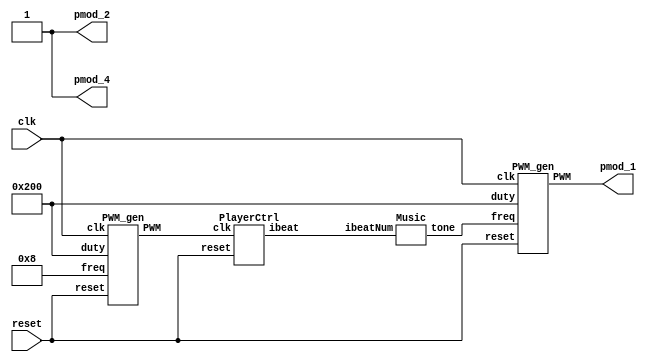
`timescale 1ns / 1ps
`define LMi 32'd330 
`define LSo 32'd392
`define LLa 32'd440
`define LSip 32'd466
`define LSi 32'd494
`define Do 32'd524 //bB_freq
`define Re 32'd588 //C_freq
`define Mi 32'd660 //D_freq
`define Fa 32'd698 //bE_freq
`define So 32'd784 //F_freq
`define La 32'd880   //G_freq
`define Si 32'd998 //A_freq
`define NM0 32'd20000 //slience (over freq.)

module music_cntrl(
    input clk, reset,
    output pmod_1, pmod_2, pmod_4
    );
    parameter BEAT_FREQ = 32'd8;	//one beat=0.125sec
    parameter DUTY_BEST = 10'd512;    //duty cycle=50%
    
    wire [31:0] freq;
    wire [7:0] ibeatNum;
    wire beatFreq;
    
    assign pmod_2 = 1'd1;    //no gain(6dB)
    assign pmod_4 = 1'd1;    //turn-on
    
    //Generate beat speed
    PWM_gen btSpeedGen (
        .clk(clk), 
        .reset(reset),
        .freq(BEAT_FREQ),
        .duty(DUTY_BEST), 
        .PWM(beatFreq)
    );
        
    //manipulate beat
    PlayerCtrl playerCtrl_00 ( 
        .clk(beatFreq),
        .reset(reset),
        .ibeat(ibeatNum)
    );    
        
    //Generate variant freq. of tones
    Music music00 ( 
        .ibeatNum(ibeatNum),
        .tone(freq)
    );
    
    // Generate particular freq. signal
    PWM_gen toneGen ( 
        .clk(clk), 
        .reset(reset), 
        .freq(freq),
        .duty(DUTY_BEST), 
        .PWM(pmod_1)
    );
        
endmodule

module PWM_gen (
    input wire clk,
    input wire reset,
	input [31:0] freq,
    input [9:0] duty,
    output reg PWM
    );

    wire [31:0] count_max = 100_000_000 / freq;
    wire [31:0] count_duty = count_max * duty / 1024;
    reg [31:0] count;
        
    always @(posedge clk, posedge reset) begin
        if (reset) begin
            count <= 0;
            PWM <= 0;
        end else if (count < count_max) begin
            count <= count + 1;
            if(count < count_duty)
                PWM <= 1;
            else
                PWM <= 0;
        end else begin
            count <= 0;
            PWM <= 0;
        end
    end
    
endmodule

module PlayerCtrl (
	input clk,
	input reset,
	output reg [7:0] ibeat
    );
    parameter BEATLEAGTH = 63;
    
    always @(posedge clk, posedge reset) begin
        if (reset)
            ibeat <= 0;
        else if (ibeat < BEATLEAGTH) 
            ibeat <= ibeat + 1;
        else 
            ibeat <= 0;
    end
    
endmodule

module Music (
	input [7:0] ibeatNum,	
	output reg [31:0] tone
    );
    
    always @(*) begin
        case (ibeatNum)		// 1/4 beat
            8'd0 : tone = `Mi;	//3
            8'd1 : tone = `Mi;
            8'd2 : tone = `Mi;
            8'd3 : tone = `NM0;
            8'd4 : tone = `Mi;	//1
            8'd5 : tone = `Mi;
            8'd6 : tone = `Mi;
            8'd7 : tone = `NM0;
            8'd8 : tone = `Mi;	//2
            8'd9 : tone = `Mi;
            8'd10 : tone = `Mi;
            8'd11 : tone = `NM0;
            8'd12 : tone = `Do; 
            8'd13 : tone = `Do;
            8'd14 : tone = `Do;
            8'd15 : tone = `Do;  
            8'd16 : tone = `Do;
            8'd17 : tone = `Do;
            8'd18 : tone = `Mi;
            8'd19 : tone = `Mi;
            8'd20 : tone = `Mi;
            8'd21 : tone = `So;
            8'd22 : tone = `So;
            8'd23 : tone = `So;
            8'd24 : tone = `So;
            8'd25 : tone = `LSo;
            8'd26 : tone = `LSo;
            8'd27 : tone = `LSo;
            8'd28 : tone = `LSo;        
            8'd29 : tone = `Do;
            8'd30 : tone = `Do;
            8'd31 : tone = `Do;          
            8'd32 : tone = `Do;
            8'd33 : tone = `LSo;
            8'd34 : tone = `LSo;
            8'd35 : tone = `LMi;
            8'd36 : tone = `LMi;
            8'd37 : tone = `LLa;
            8'd38 : tone = `LLa;
            8'd39 : tone = `LSi;
            8'd40 : tone = `LSi;
            8'd41 : tone = `LSip;
            8'd42 : tone = `LSip;
            8'd43 : tone = `LLa;
            8'd44 : tone = `LLa;
            8'd45 : tone = `LSo;
            8'd46 : tone = `LSo;
            8'd47 : tone = `Mi;          
            8'd48 : tone = `Mi;
            8'd49 : tone = `So;
            8'd50 : tone = `So;
            8'd51 : tone = `La;
            8'd52 : tone = `La;
            8'd53 : tone = `Fa;
            8'd54 : tone = `Fa;
            8'd55 : tone = `So;
            8'd56 : tone = `So;
            
            8'd57 : tone = `Mi;
            8'd58 : tone = `Mi;
            8'd59 : tone = `Do;
            8'd60 : tone = `Do;
            8'd61 : tone = `Re;
            8'd62 : tone = `Re;
            8'd63 : tone = `LSi;     
            8'd64 : tone = `LSi;    
            8'd65 : tone = `Do;
            8'd66 : tone = `Do;
            8'd67 : tone = `Do;
            8'd68 : tone = `Do;
            8'd69 : tone = `LSo;
            8'd70 : tone = `LSo;
            8'd71 : tone = `LMi;
            8'd72 : tone = `LMi;
            8'd73 : tone = `LLa;
            8'd74 : tone = `LLa;
            8'd75 : tone = `LSi;
            8'd76 : tone = `LSi;
            8'd77 : tone = `LSip;
            8'd78 : tone = `LSip;
            8'd79 : tone = `LLa;            
            8'd80 : tone = `LLa;
            
            8'd81 : tone = `LSo;
            8'd82 : tone = `LSo;
            8'd83 : tone = `Mi;
            8'd84 : tone = `Mi;
            8'd85 : tone = `So;
            8'd86 : tone = `So;
            8'd87 : tone = `La;
            8'd88 : tone = `La;
            8'd89 : tone = `Fa;
            8'd90 : tone = `Fa;
            8'd91 : tone = `Fa;
            8'd92 : tone = `So;
            8'd93 : tone = `So;
            8'd94 : tone = `Mi;
            8'd95 : tone = `Mi;
            
            8'd96 : tone = `Do;
            8'd97 : tone = `Do;
            8'd98 : tone = `Re;
            8'd99 : tone = `LSi;
            8'd100 : tone = `LSi;
            /*
            8'd101 : tone = `NM2;
            8'd102 : tone = `NM3;
            8'd103 : tone = `NM3;
            8'd104 : tone = `NM2;
            8'd105 : tone = `NM2;
            8'd106 : tone = `NM3;
            8'd107 : tone = `NM3;
            8'd108 : tone = `NM2;
            8'd109 : tone = `NM2;
            8'd110 : tone = `NM3;
            8'd111 : tone = `NM5;
            
            8'd112 : tone = `NM5;
            8'd113 : tone = `NM5;
            8'd114 : tone = `NM5;
            8'd115 : tone = `NM0;
            8'd116 : tone = `NM5;
            8'd117 : tone = `NM0;
            8'd118 : tone = `NM5;
            8'd119 : tone = `NM0;
            8'd120 : tone = `NM5;
            8'd121 : tone = `NM0;
            8'd122 : tone = `NM5;
            8'd123 : tone = `NM0;
            8'd124 : tone = `NM5;
            8'd125 : tone = `NM5;
            8'd126 : tone = `NM5;
            8'd127 : tone = `NM0;
            
            8'd128 : tone = `NM3;	//3
            8'd129 : tone = `NM3;
            8'd130 : tone = `NM3;
            8'd131 : tone = `NM3;
            8'd132 : tone = `NM1;	//1
            8'd133 : tone = `NM1;
            8'd134 : tone = `NM1;
            8'd135 : tone = `NM1;
            8'd136 : tone = `NM2;	//2
            8'd137 : tone = `NM2;
            8'd138 : tone = `NM2;
            8'd139 : tone = `NM2;
            8'd140 : tone = `NM6 >> 1;	//6
            8'd141 : tone = `NM6 >> 1;
            8'd142 : tone = `NM6 >> 1;
            8'd143 : tone = `NM6 >> 1;
            
            8'd144 : tone = `NM3;
            8'd145 : tone = `NM3;
            8'd146 : tone = `NM2;
            8'd147 : tone = `NM2;
            8'd148 : tone = `NM1;
            8'd149 : tone = `NM1;
            8'd150 : tone = `NM2;
            8'd151 : tone = `NM2;
            8'd152 : tone = `NM6 >> 1;
            8'd153 : tone = `NM6 >> 1;
            8'd154 : tone = `NM6 >> 1;
            8'd155 : tone = `NM6 >> 1;
            8'd156 : tone = `NM0;
            8'd157 : tone = `NM0;
            8'd158 : tone = `NM0;
            8'd159 : tone = `NM0;
            
            8'd160 : tone = `NM3;
            8'd161 : tone = `NM3;
            8'd162 : tone = `NM3;
            8'd163 : tone = `NM3;
            8'd164 : tone = `NM1;
            8'd165 : tone = `NM1;
            8'd166 : tone = `NM1;
            8'd167 : tone = `NM1;
            8'd168 : tone = `NM2;
            8'd169 : tone = `NM2;
            8'd170 : tone = `NM2;
            8'd171 : tone = `NM2;
            8'd172 : tone = `NM2;
            8'd173 : tone = `NM2;
            8'd174 : tone = `NM2;
            8'd175 : tone = `NM2;
            
            8'd176 : tone = `NM5;
            8'd177 : tone = `NM5;
            8'd178 : tone = `NM3;
            8'd179 : tone = `NM3;
            8'd180 : tone = `NM7 >> 1;
            8'd181 : tone = `NM7 >> 1;
            8'd182 : tone = `NM7 >> 1;
            8'd183 : tone = `NM7 >> 1;
            8'd184 : tone = `NM1;
            8'd185 : tone = `NM1;
            8'd186 : tone = `NM1;
            8'd187 : tone = `NM1;
            8'd188 : tone = `NM1;
            8'd189 : tone = `NM1;
            8'd190 : tone = `NM7 >> 1;
            8'd191 : tone = `NM7 >> 1;
            
            8'd192 : tone = `NM6 >> 1;
            8'd193 : tone = `NM6 >> 1;
            8'd194 : tone = `NM6 >> 1;
            8'd195 : tone = `NM6 >> 1;
            8'd196 : tone = `NM7 >> 1;
            8'd197 : tone = `NM7 >> 1;
            8'd198 : tone = `NM1;
            8'd199 : tone = `NM1;
            8'd200 : tone = `NM2;
            8'd201 : tone = `NM2;
            8'd202 : tone = `NM2;
            8'd203 : tone = `NM2;
            8'd204 : tone = `NM5 >> 1;
            8'd205 : tone = `NM5 >> 1;
            8'd206 : tone = `NM5 >> 1;
            8'd207 : tone = `NM5 >> 1;
            
            8'd208 : tone = `NM6;
            8'd209 : tone = `NM6;
            8'd210 : tone = `NM5;
            8'd211 : tone = `NM5;
            8'd212 : tone = `NM3;
            8'd213 : tone = `NM3;
            8'd214 : tone = `NM3;
            8'd215 : tone = `NM3;
            8'd216 : tone = `NM3;
            8'd217 : tone = `NM3;
            8'd218 : tone = `NM3;
            8'd219 : tone = `NM3;
            8'd220 : tone = `NM3;
            8'd221 : tone = `NM3;
            8'd222 : tone = `NM2;
            8'd223 : tone = `NM2;
            
            8'd224 : tone = `NM1;
            8'd225 : tone = `NM1;
            8'd226 : tone = `NM1;
            8'd227 : tone = `NM1;
            8'd228 : tone = `NM2;
            8'd229 : tone = `NM2;
            8'd230 : tone = `NM3;
            8'd231 : tone = `NM3;
            8'd232 : tone = `NM2;
            8'd233 : tone = `NM2;
            8'd234 : tone = `NM2;
            8'd235 : tone = `NM2;
            8'd236 : tone = `NM5 >> 1;
            8'd237 : tone = `NM5 >> 1;
            8'd238 : tone = `NM5 >> 1;
            8'd239 : tone = `NM5 >> 1;
            
            8'd240 : tone = `NM6 >> 1;
            8'd241 : tone = `NM6 >> 1;
            8'd242 : tone = `NM6 >> 1;
            8'd243 : tone = `NM6 >> 1;
            8'd244 : tone = `NM6 >> 1;
            8'd245 : tone = `NM6 >> 1;
            8'd246 : tone = `NM1;
            8'd247 : tone = `NM1;
            8'd248 : tone = `NM6 >> 1;
            8'd249 : tone = `NM6 >> 1;
            8'd250 : tone = `NM6 >> 1;
            8'd251 : tone = `NM6 >> 1;
            8'd252 : tone = `NM0;
            8'd253 : tone = `NM0;
            8'd254 : tone = `NM0;
            8'd255 : tone = `NM0;
            */
            default : tone = `NM0;
        endcase
    end

endmodule